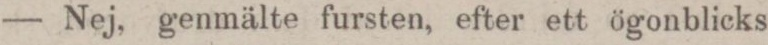
— Nej, genmälte fursten, efter ett ögonblicks